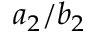
a _ { 2 } / b _ { 2 }